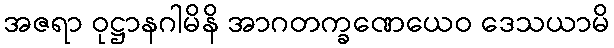
အဇရာ ဝုဋ္ဌာနဂါမိနိ အာဂတက္ခဏေယေဝ ဒေသယာမိ